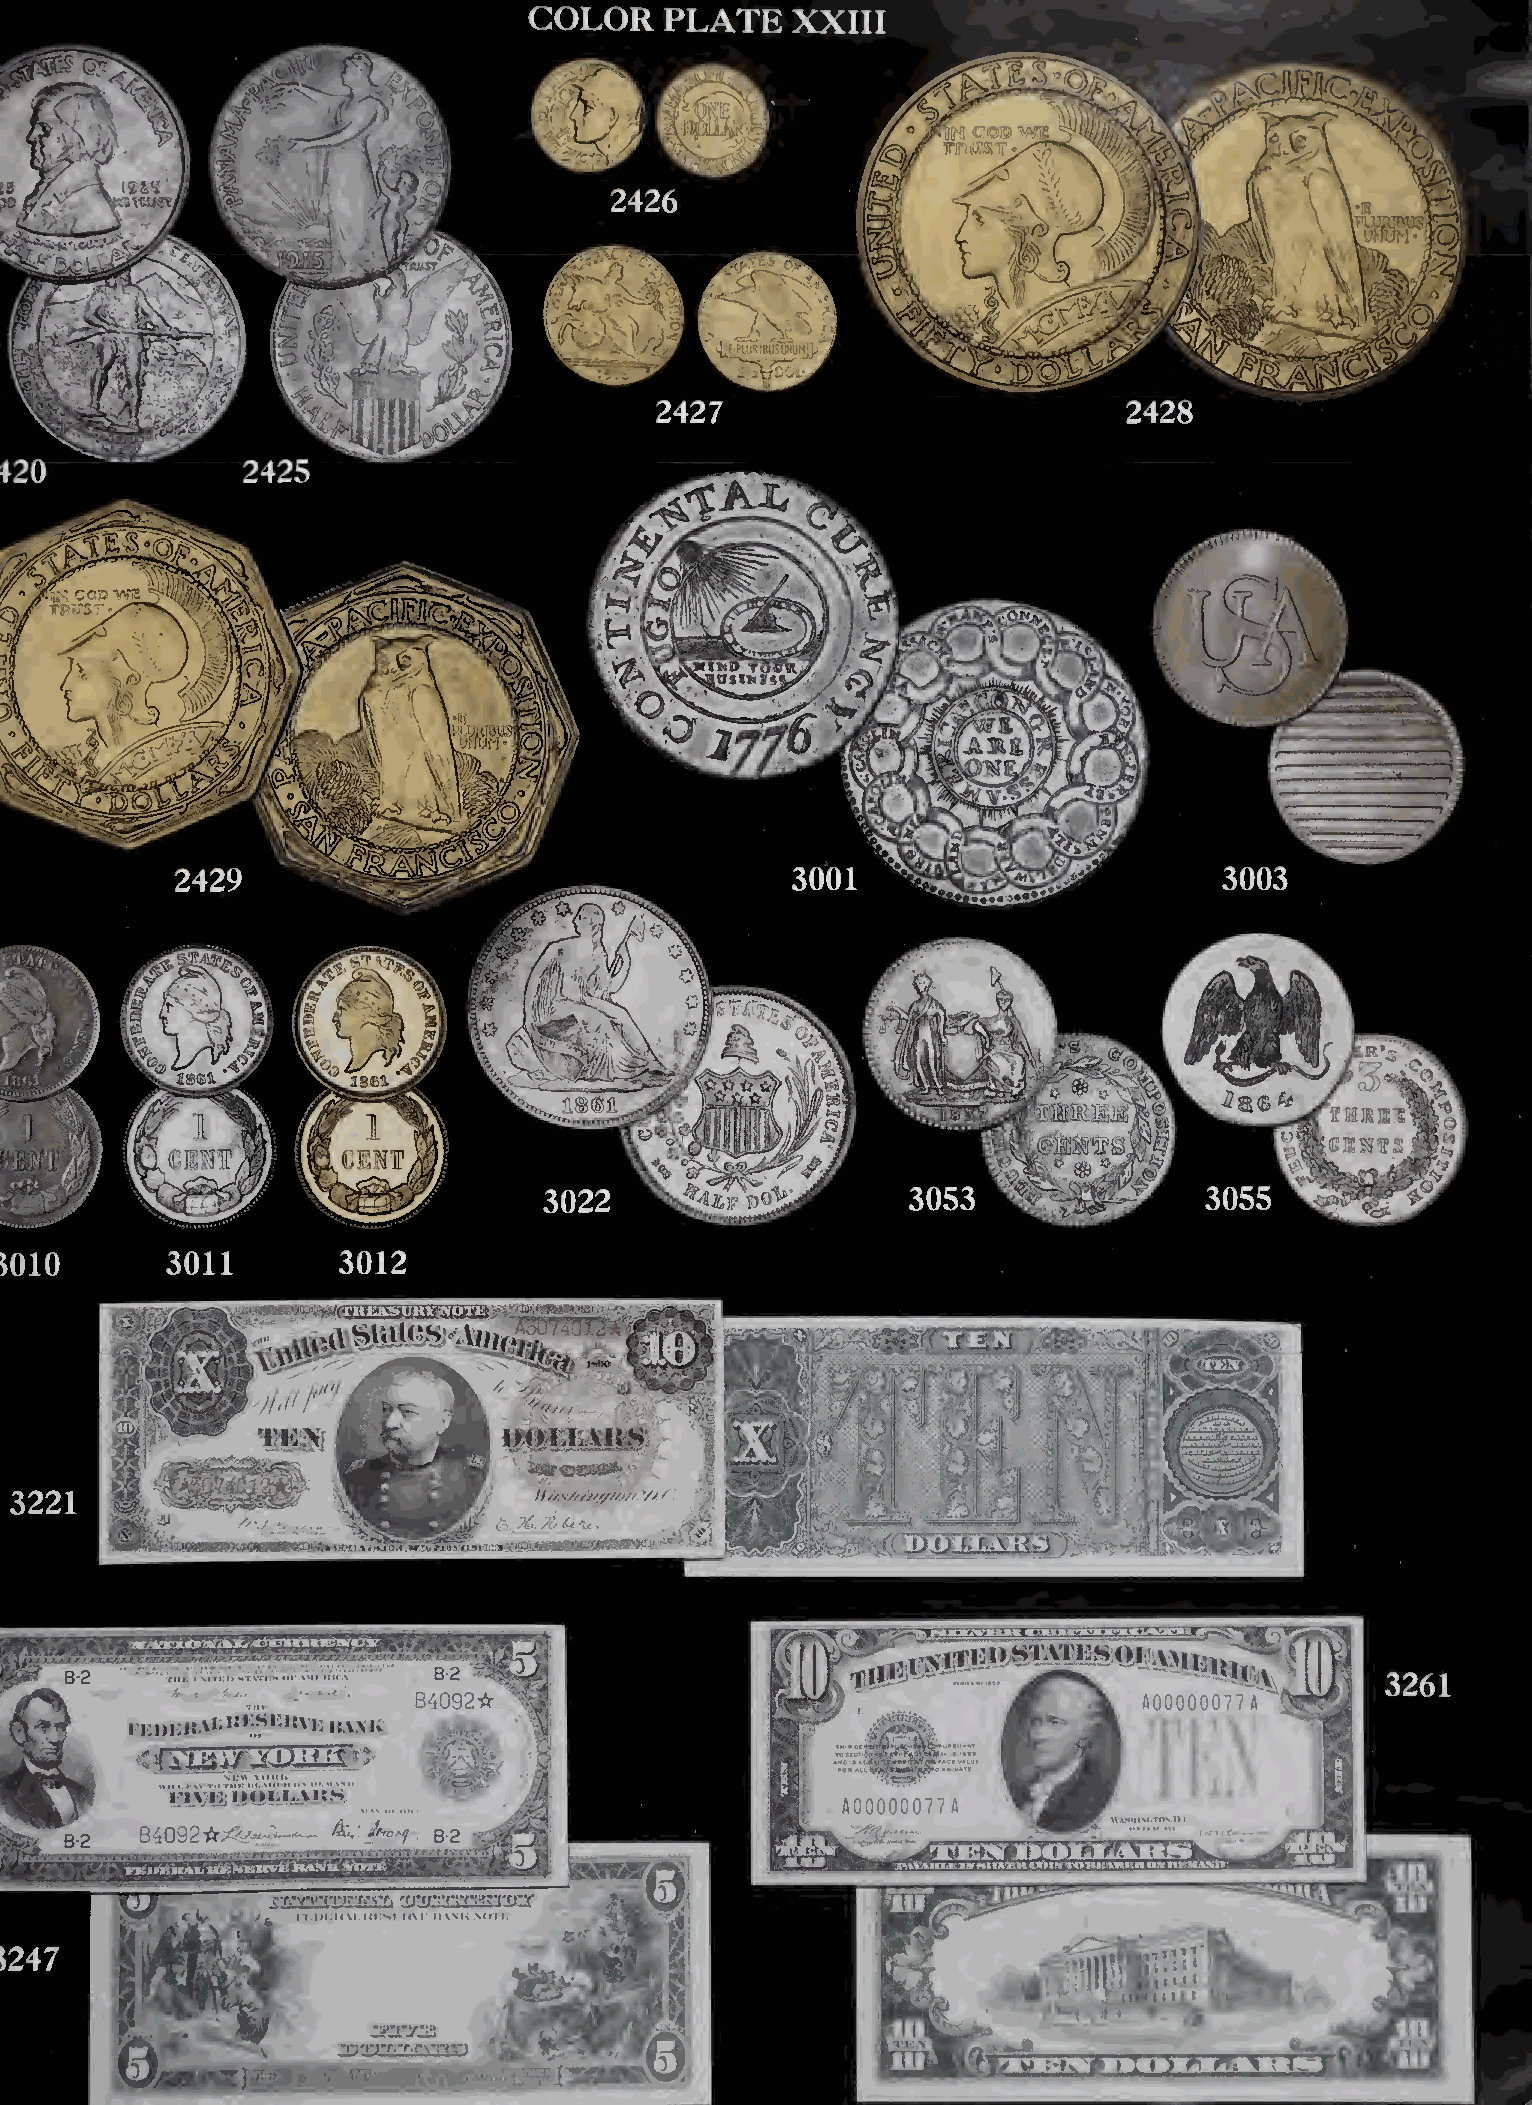
ri4^
 copy^
 i^§r
 -Ja® ^
 cijtsj'irs
 tSDTWr#
 f  ///V.\‘/////////J//. W ^
 t‘ ■. ' ■ ^C^ yu y
 64092*                                 M   ^k.  A00000077 A >
 ii:i)i:it.'>'“':,t‘'''*''-'*'\'i
 frE5I033IIIS
 IIOl.I.AitVi
 A0000007/A
 B4092*/
 c f.-Vf-crjrfi-ST. vjnoTCClsn'IJ^f
 , mtl.KM.III HI.MM: MWK NUTI.
 tin/iTyrTTTTT